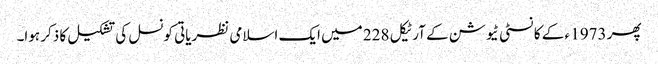
پھر 1973 ء کے کانسٹی ٹیوشن کے آرٹیکل 228 میں ایک اسلامی نظریاتی کونسل کی تشکیل کا ذکر ہوا۔